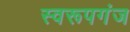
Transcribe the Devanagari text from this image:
स्वरूपगंज